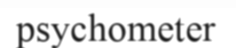
psychometer